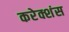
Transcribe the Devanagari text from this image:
करेक्शंस